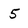
Character: 5